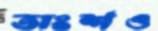
অংশও